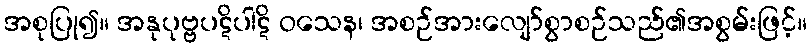
အစုပြု၍။ အနုပုဗ္ဗပဋိပါဋိ ဝသေန၊ အစဉ်အားလျော်စွာစဉ်သည်၏အစွမ်းဖြင့်။